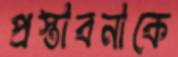
প্রস্তাবনাকে